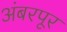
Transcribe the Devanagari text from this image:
अंबरपूर